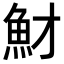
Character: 𩵝